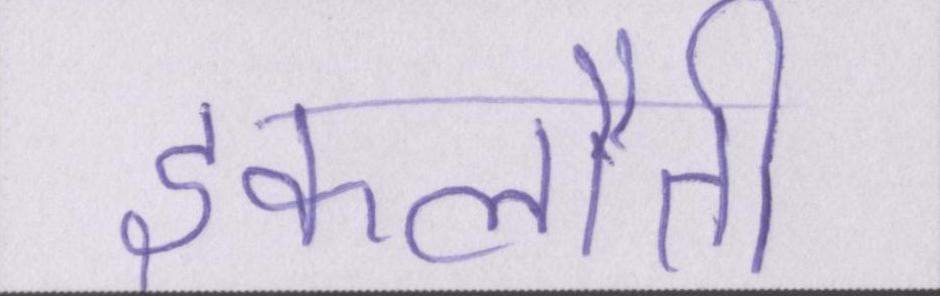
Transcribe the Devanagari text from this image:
इकलौती